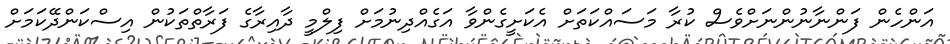
އަންހެން ފަންނާނުންނަށްވެސް ކުރާ މަސައްކަތަށް އެކަށީގެންވާ އަގެއްދިނުމަށް ފިލްމީ ދާއިރާގެ ފަރާތްތަކުން އިސްކަންދޭކަމަށް